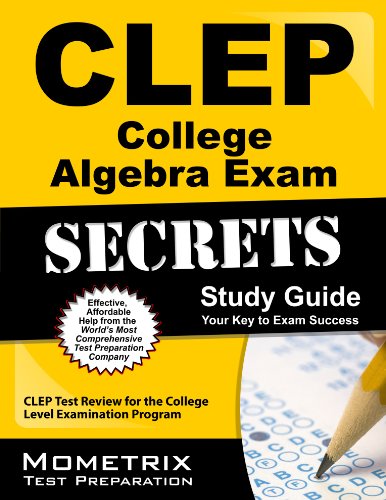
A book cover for CLEP College Algebra Exam Secrets Study Guide: CLEP Test Review for the College Level Examination Program (Secrets (Mometrix)); CLEP Exam Secrets Test Prep Team; Test Preparation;